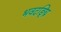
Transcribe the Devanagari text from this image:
भवदङ्घ्रि